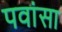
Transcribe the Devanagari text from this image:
पवांसा